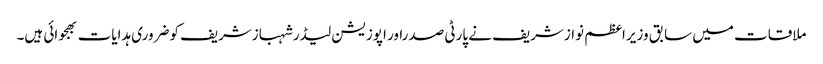
ملاقات میں سابق وزیراعظم نوازشریف نے پارٹی صدراور اپوزیشن لیڈرشہبازشریف کوضروری ہدایات بھجوائی ہیں۔